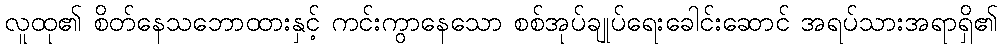
လူထု၏ စိတ်နေသဘောထားနှင့် ကင်းကွာနေသော စစ်အုပ်ချုပ်ရေးခေါင်းဆောင် အရပ်သားအရာရှိ၏